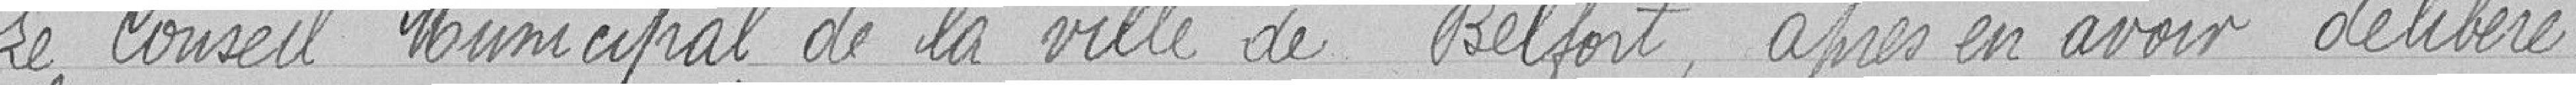
Le Conseil Municipal de la ville de Belfort, après en avoir délibéré,